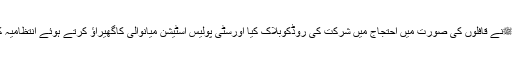
ہزاروں کی تعدادمیں عاشقان مصطفیﷺنے قافلوں کی صورت میں احتجاج میں شرکت کی روڈکوبلاک کیا اورسٹی پولیس اسٹیشن میانوالی کاگھیراؤ کرتے ہوئے انتظامیہ کے ناجائزاقدامات پرانکومجبورکردیا۔